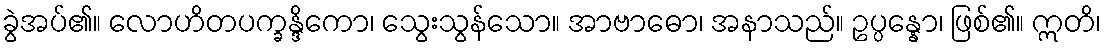
ခွဲအပ်၏။ လောဟိတပက္ခန္ဒိကော၊ သွေးသွန်သော။ အာဗာဓော၊ အနာသည်။ ဥပ္ပန္နော၊ ဖြစ်၏။ ဣတိ၊